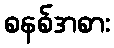
စနစ်အစား